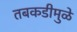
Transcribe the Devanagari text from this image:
तबकडीमुळे